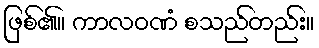
ဖြစ်၏။ ကာလဝဏံ စသည်တည်း။